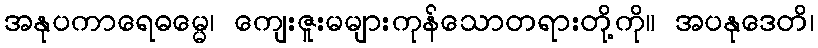
အနုပကာရေဓမ္မေ၊ ကျေးဇူးမများကုန်သောတရားတို့ကို။ အပနုဒေတိ၊